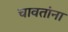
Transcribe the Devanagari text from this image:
चावतांना